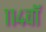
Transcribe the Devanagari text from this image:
११४वॉ